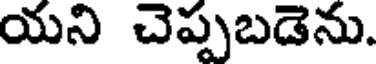
యని చెప్పబడెను.